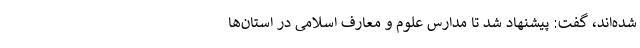
شده‌اند، گفت: پیشنهاد شد تا مدارس علوم و معارف اسلامی در استان‌ها